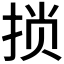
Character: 𫼶